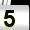
Digit: 5